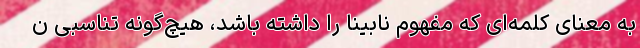
به معنای کلمه‌ای که مفهوم نابینا را داشته باشد، هیچ‌گونه تناسبی ن